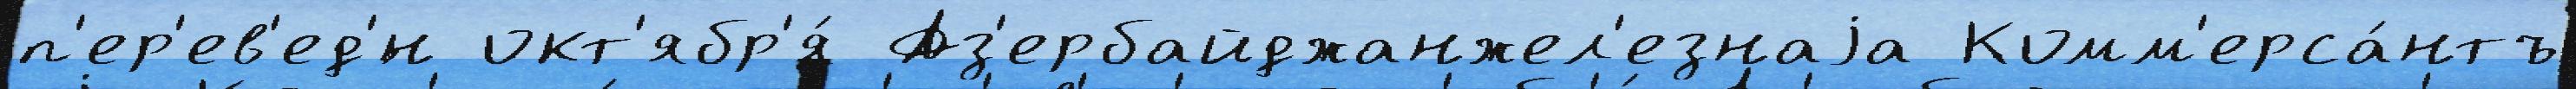
п'ер'ев'ед'́н окт'ябр'я́ Аз'ербайджанжел'езнаjа Комм'ерса́нтъ